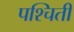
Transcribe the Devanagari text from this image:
पश्चिती